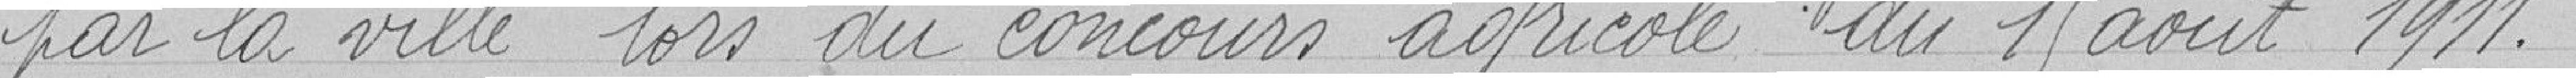
par la ville lors du concours agricole du 15 août 1911.